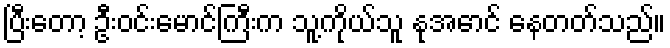
ပြီးတော့ ဦးဝင်းမောင်ကြီးက သူ့ကိုယ်သူ နုအောင် နေတတ်သည်။